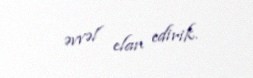
əvvəl elan edirik.